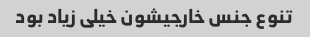
تنوع جنس خارجیشون خیلی زیاد بود